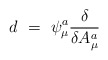
\begin{align*}d \ = \ \psi^a_\mu { \delta \over \delta A^a_\mu }\end{align*}